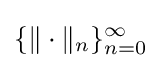
\{\|\cdot \|_{n}\}_{n=0}^{\infty }